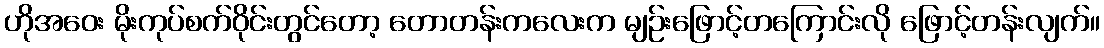
ဟိုအဝေး မိုးကုပ်စက်ဝိုင်းတွင်တော့ တောတန်းကလေးက မျဉ်းဖြောင့်တကြောင်းလို ဖြောင့်တန်းလျက်။